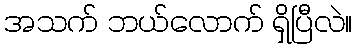
အသက် ဘယ်လောက် ရှိပြီလဲ။